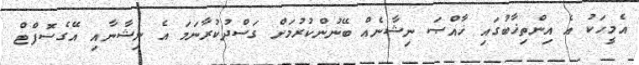
އެމީހަކު އެ އިންތިޚާބުގައި ޚާއްޞަ ނިޝާނެއް ބޭނުންކުރުމަށް ގަސްދުކުރާނަމަ އެ ނިޝާނާއި އޭގެސޮފްޓް